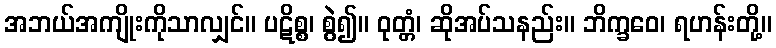
အဘယ်အကျိုးကိုသာလျှင်။ ပဋိစ္စ၊ စွဲ၍။ ဝုတ္တံ၊ ဆိုအပ်သနည်း။ ဘိက္ခဝေ၊ ရဟန်းတို့။